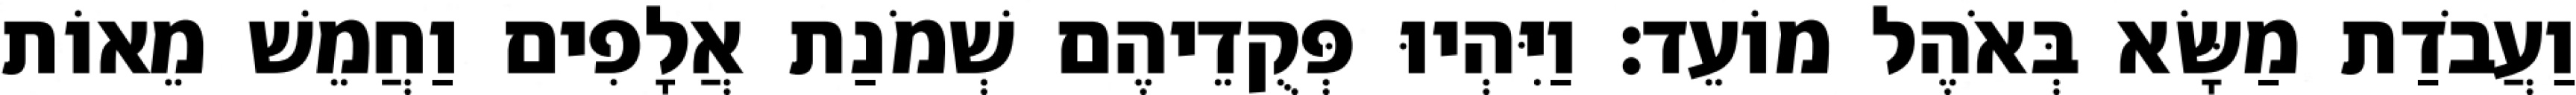
וַעֲבֹדַת מַשָּׂא בְּאֹהֶל מוֹעֵד׃ וַיִּהְיוּ פְּקֻדֵיהֶם שְׁמֹנַת אֲלָפִים וַחֲמֵשׁ מֵאוֹת